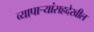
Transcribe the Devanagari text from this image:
व्यापार्‍यांसहदेखील